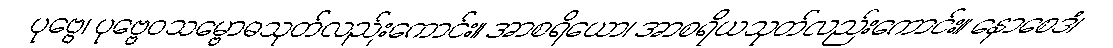
ပုဗ္ဗေ၊ ပုဗ္ဗေဝသမ္ဗောဓသုတ်လည်းကောင်း။ အာစရိယော၊ အာစရိယသုတ်လည်းကောင်း။ နောစေဒံ၊